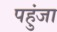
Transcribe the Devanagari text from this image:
पहुंजा